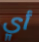
أي